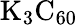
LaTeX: \mathrm{K_{3}C_{60}}